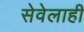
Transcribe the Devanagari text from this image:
सेवेलाही